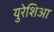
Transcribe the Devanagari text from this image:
युरेशिआ